Leaving Certificate Examination, 1923
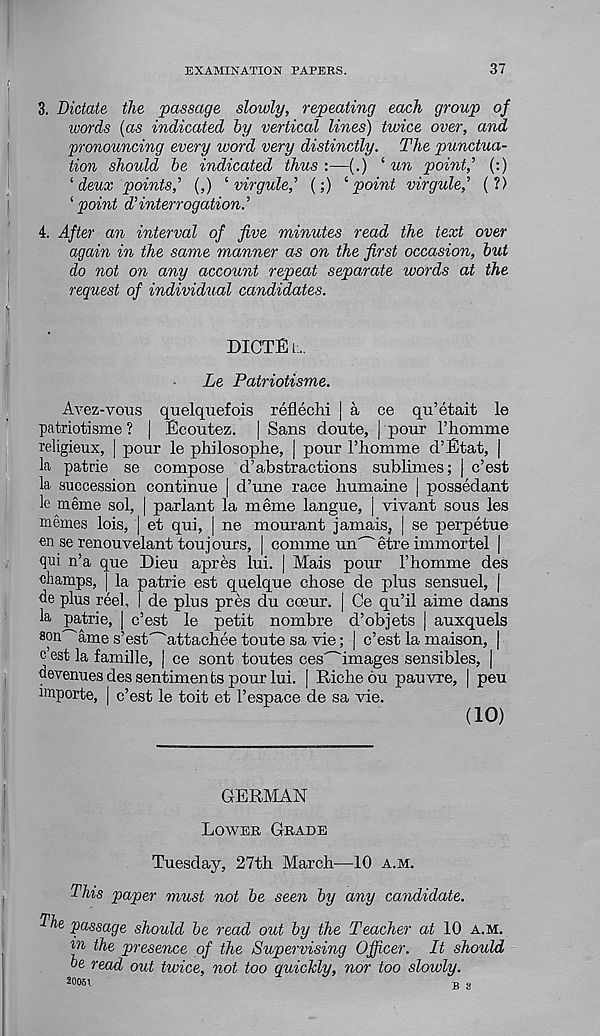
EXAMINATION PAPERS.
37
3. Dictate the passage slowly, repeating each group of
words (as indicated by vertical lines) twice over, and
pronouncing every word very distinctly. The punctua-
tion should be indicated thus:—(.) i un point, , (:)
‘ deux points,(,) i virgulef (;) ''point virgulef ( ?)
'point d'interrogation.'
4. After an interval of five minutes read the text over
again in the same manner as on the first occasion, but
do not on any account repeat separate words at the
request of individual candidates.
DICTEl.
Le Patriotisme.
Avez-vous quelquefois reflechi | a ce qu’etait le
patriotisme? | Ecoutez. | Sans doute, | pour I’liomme
religieux, | pour le philosophe, | pour Fhornme d’Etat, |
la patrie se compose d’abstractions sublimes; | c’est
la succession continue | d’une race humaine | possedant
le meme sol, | parlant la meme langue, j vivant sous les
mernes lois, | et qui, | ne mourant jamais, | se perpetue
en se renouvelant toujours, | comme un^etre immortel j
qui n’a que Dieu apres lui. | Mais pour Fhomme des
champs, | la patrie est quelque chose de plus sensuel, j
de plus reel, | de plus pres du coeur. | Ce qu’il aime dans
la patrie, | c’est le petit nombre d’objets | auxquels
son^ame s’est^attachee toute sa vie; | c’est la maison, |
c’est la famille, | ce sont toutes ces^images sensibles, |
devenues des sentiments pour lui. | Riche 6u pauvre, | peu
importe, | c’est le toit et 1’espace de sa vie.
(10)
GERMAN
Lower Grade
Tuesday, 27th March—10 a.m.
This paper must not be seen by any candidate.
The passage should be read out by the Teacher at 10 a.m.
in the presence of the Supervising Officer. It should
be read out twice, not too quiclcly, nor too slowly.
20061
x. o